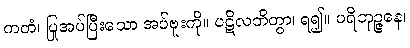
ကတံ၊ ပြုအပ်ပြီးသော အပ်ဗူးကို။ ပဋိလဘိတွာ၊ ရ၍။ ပရိဘုဉ္ဇနေ၊